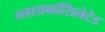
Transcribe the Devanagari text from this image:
ग्लायकॉसिलेटेड